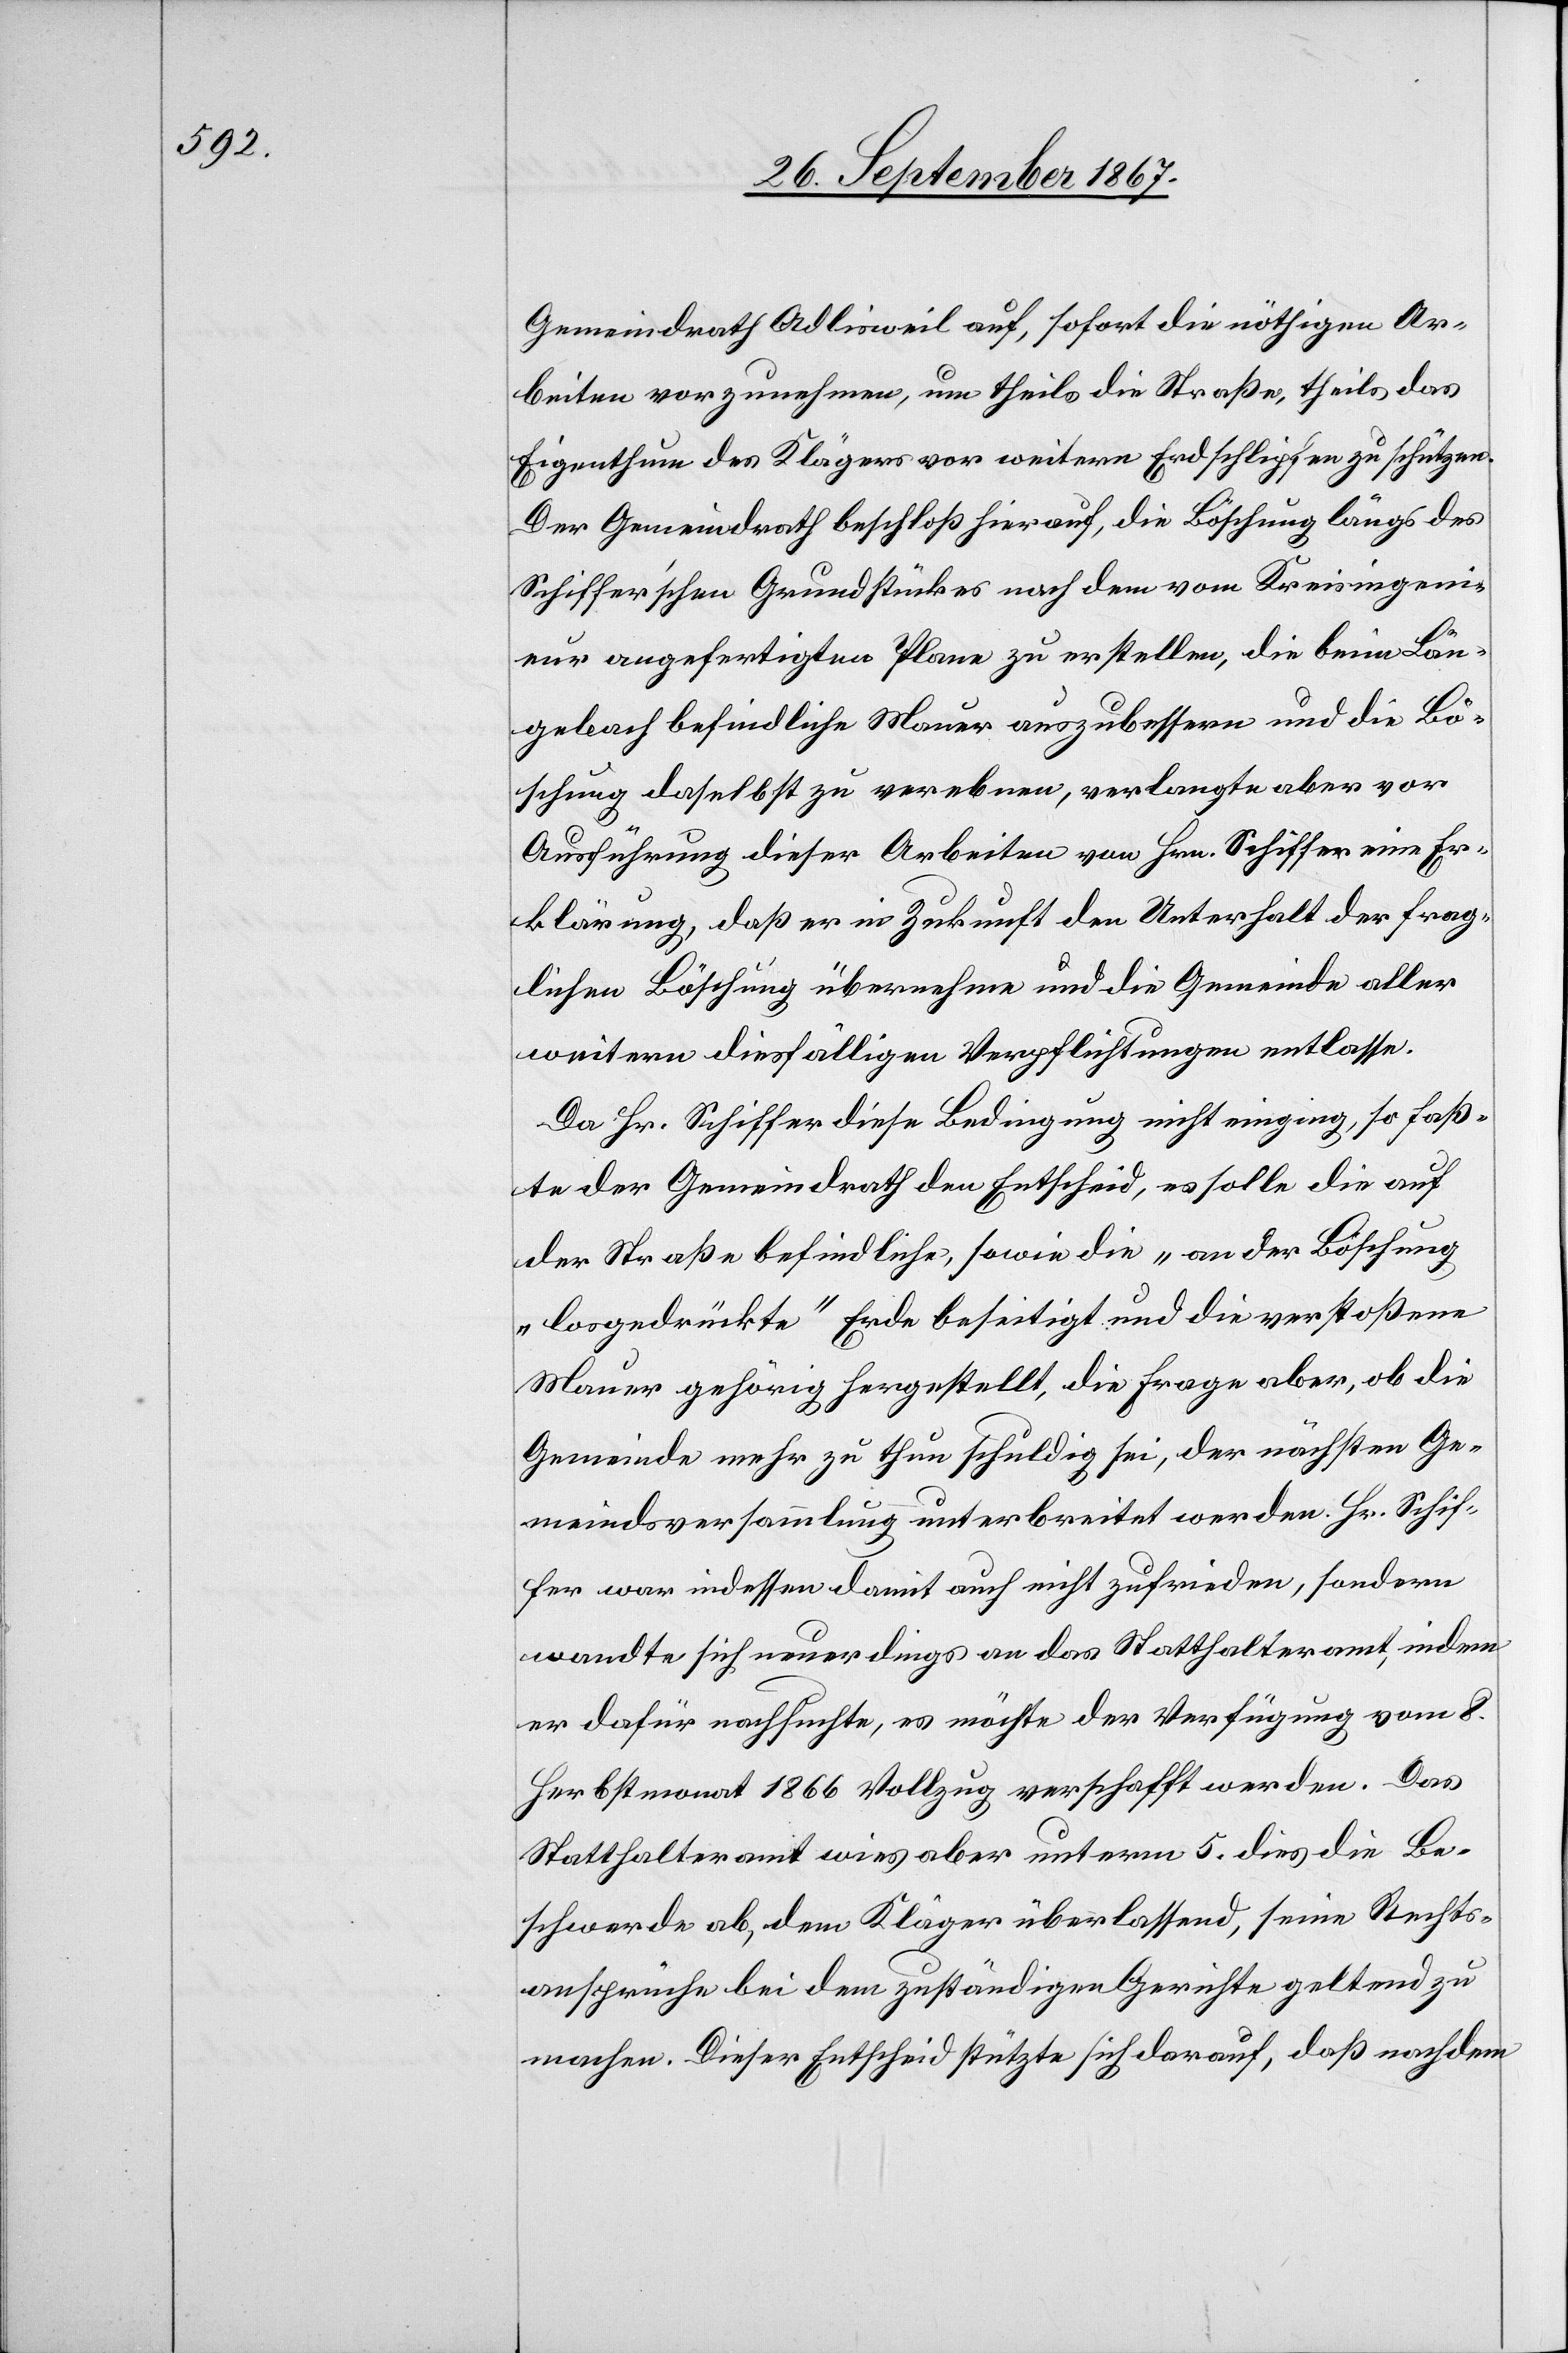
Gemeindrath Adlisweil auf, sofort die nöthigen Ar¬
beiten vorzunehmen, um theils die Straße, theils das
Eigenthum des Klägers vor weitern Erdschlipfen zu schützen.
Der Gemeindrath beschloß hierauf, die Böschung längs des
Schiffer’schen Grundstückes nach dem vom Kreisingeni¬
eur angefertigten Plane zu erstellen, die beim Län¬
gebach befindliche Mauer auszubessern und die Bö¬
schung daselbst zu verebnen, verlangte aber vor
Ausführung dieser Arbeiten von Hrn. Schiffer eine Er¬
klärung, daß er in Zukunft den Unterhalt der frag¬
lichen Böschung übernehme und die Gemeinde aller
weitern diesfälligen Verpflichtungen entlasse.
Da Hr. Schiffer diese Bedingung nicht einging, so faß¬
te der Gemeindrath den Entscheid, es solle die auf
der Straße befindliche, sowie die „an der Böschung
losgedrückte“ Erde beseitigt und die verstoßene
Mauer gehörig hergestellt, die Frage aber, ob die
Gemeinde mehr zu thun schuldig sei, der nächsten Ge¬
meindsversammlung unterbreitet werden. Hr. Schif¬
fer war indessen damit auch nicht zufrieden, sondern
wandte sich neuerdings an das Statthalteramt, indem
er dafür nachsuchte, es möchte der Verfügung vom 8.
Herbstmonat 1866 Vollzug verschafft werden. Das
Statthalteramt wies aber unterm 5. dies die Be¬
schwerde ab, dem Kläger überlassend, seine Rechts¬
ansprüche bei dem zuständigen Gerichte geltend zu
machen. Dieser Entscheid stützte sich darauf, daß nachdem